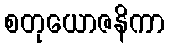
စတုယောဇနိကာ